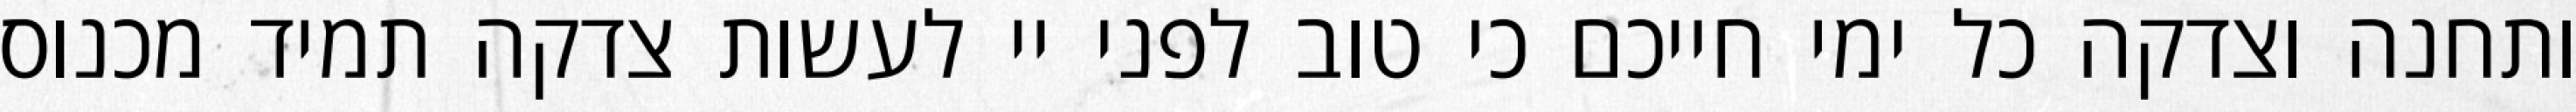
ותחנה וצדקה כל ימי חייכם כי טוב לפני יי לעשות צדקה תמיד מכנוס